Report on sanitation, dispensaries, and jails in Rajputana for 1916, and on vaccination for the year 1916-1917 - 1916-1917
Year: 1916
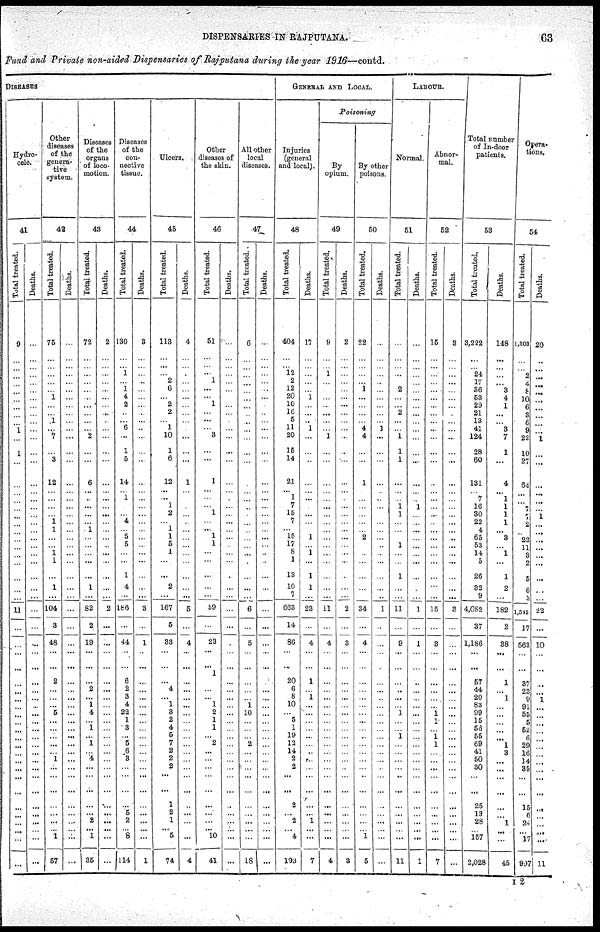
DISPENSARIES IN RAJPUTANA.
63
Fund and Private non-aided Dispensaries of Rajputana during the year 1916—contd.
DISEASES
Hydro-
cele.
41
Total treated.
9
...
...
...
...
...
...
...
...
...
1
...
1
...
...
...
...
...
...
...
...
...
...
...
...
...
...
...
11
...
...
...
...
...
...
...
...
...
...
...
...
...
...
...
...
...
...
...
...
...
...
...
...
Deaths.
...
...
...
...
...
...
...
...
...
...
...
...
...
...
...
...
...
...
...
...
...
...
...
...
...
...
...
...
...
...
...
...
...
...
...
...
...
...
...
...
...
...
...
...
...
...
...
...
...
...
...
...
...
Other
diseases
of the
genera-
tive
system.
42
Total treated.
75
...
...
...
...
... 1
...
... 1
...
7
...
3
12
...
...
...
...
1
1
...
...
1 1
...
1
...
104
3
48
...
...
2
...
...
...
6
...
...
...
...
...
1
...
...
...
...
...
...
...
1
57
Deaths.
...
...
...
...
...
...
...
...
...
...
...
...
...
...
...
...
...
...
...
...
...
...
...
...
...
...
...
...
...
...
...
...
...
...
...
...
...
...
...
...
...
...
...
...
...
...
...
...
...
...
...
...
...
Diseases
of the
organs
of loco-
motion.
43
Total treated.
72
...
...
...
...
...
...
...
...
...
...
2
...
...
6
...
...
...
...
...
1
...
...
...
...
...
1
...
82
2
19
...
...
...
2
...
1
4
...
1
...
1
...
4
...
...
...
...
...
2
...
1
35
Deaths.
2
...
...
...
...
...
...
...
...
...
...
...
...
...
...
...
...
...
...
...
...
...
...
...
...
...
...
...
2
...
...
...
...
...
...
...
...
...
...
...
...
...
...
...
...
...
...
...
...
...
...
...
...
Diseases
of the
con-
nective
tissue.
44
Total treated.
130
...
...
1
...
1 4
2
...
...
6
...
1
5
14
... 1
...
...
4
...
5
5
...
...
1
4
...
186
...
44
...
...
6
2
3
4
22
1
3
...
5
6
3
...
...
...
...
5
2
...
8
114
Deaths.
3
...
...
...
...
...
...
...
...
...
...
...
...
...
...
...
...
...
...
...
...
...
...
...
...
...
...
...
3
...
1
...
...
...
...
...
...
...
...
...
...
...
...
...
...
...
...
...
...
...
...
...
1
Ulcers.
45
Total treated.
113
...
...
... 2
6
...
2
2
...
1
10
1
6
12
...
...
1
2
...
1
1
5
1
...
...
2
...
167
5
33
...
...
...
4
...
1
3
2
4
5
7
2
... 2
...
...
1
2
1
... 5
74
Deaths.
4
...
...
...
...
...
...
...
...
...
...
...
...
...
1
...
...
...
...
...
...
...
...
...
...
...
...
...
5
...
4
...
...
...
...
...
...
...
...
...
...
...
...
...
...
...
...
...
...
...
...
...
4
Other
diseases of
the skin.
46
Total treated.
51
...
...
... 1
...
...
1
...
...
...
3
...
...
1
...
...
... 1
...
...
1
1
...
...
...
...
...
59
...
23
...
...
1
...
...
1
2
1
1
... 2
...
...
...
...
...
...
...
...
...
10
41
Deaths.
...
...
...
...
...
...
...
...
...
...
...
...
...
...
...
...
...
...
...
...
...
...
...
...
...
...
...
...
...
...
...
...
...
...
...
...
...
...
...
...
...
...
...
...
...
...
...
...
...
...
...
...
...
All other
local
diseases.
47
Total treated.
6
...
...
...
...
...
...
...
...
...
...
...
...
...
...
...
...
...
...
...
...
...
...
...
...
...
...
...
6
...
5
...
...
...
...
...
1
10
...
...
... 2
...
...
...
...
...
...
...
...
...
...
18
Deaths.
...
...
...
...
...
...
...
...
...
...
...
...
...
...
...
...
...
...
...
...
...
...
...
...
...
...
...
...
...
...
...
...
...
...
...
...
...
...
...
...
...
...
...
...
...
...
...
...
...
...
...
...
...
GENERAL AND LOCAL.
Injuries
(general
and local).
48
Total treated.
404
...
...
12
2
12
20
10
16
5
11
20
15
14
21
... 1
7
15
7
...
15
17
8
1
13
10
7
663
14
86
...
...
20
6
8
10
... 5
1
19
12
14
2
2
...
...
2
...
2
...
4
193
Deaths.
17
...
...
...
...
... 1
...
...
...
1
...
...
...
...
...
...
...
...
...
...
1
...
1
...
1
1
...
23
...
4
...
...
1
...
1
...
...
...
...
...
...
...
...
...
...
...
...
...
1
...
...
7
Poisoning
By
opium.
49
Total treated.
9
...
...
1
...
...
...
...
...
...
...
1
...
...
...
...
...
...
...
...
...
...
...
...
...
...
...
...
11
...
4
...
...
...
...
...
...
...
...
...
...
...
...
...
...
...
...
...
...
...
...
...
4
Deaths.
2
...
...
...
...
...
...
...
...
...
...
...
...
...
...
...
...
...
...
...
...
...
...
...
...
...
...
...
2
...
3
...
...
...
...
...
...
...
...
...
...
...
...
...
...
...
...
...
...
...
...
...
3
By other
poisons.
50
Total treated.
22
...
...
...
...
1
...
...
...
...
4
4
...
...
1
...
...
...
...
...
...
2
...
...
...
...
...
...
34
...
4
...
...
...
...
...
...
...
...
...
...
...
...
...
...
...
...
...
...
...
...
1
5
Deaths.
...
...
...
...
...
...
...
...
...
...
1
...
...
...
...
...
...
...
...
...
...
...
...
...
...
...
...
...
1
...
...
...
...
...
...
...
...
...
...
...
...
...
...
...
...
...
...
...
...
...
...
...
...
LABOUR.
Normal.
51
Total treated.
...
...
...
...
...
2
...
...
2
...
...
1
1
1
...
...
...
1 1
...
...
...
1
...
...
1
...
...
11
...
9
...
...
...
...
...
...
1
...
...
1
...
...
...
...
...
...
...
...
...
...
...
11
Deaths.
...
...
...
...
...
...
...
...
...
...
...
...
...
...
...
...
...
1
...
...
...
...
...
...
...
...
...
...
1
...
1
...
...
...
...
...
...
...
...
...
...
...
...
...
...
...
...
...
...
...
...
...
1
Abnor-
mal.
52
Total treated.
15
...
...
...
...
...
...
...
...
...
...
...
...
...
...
...
...
...
...
...
...
...
...
...
...
...
...
...
15
...
3
...
...
...
...
...
...
1
1
...
1 1
...
...
...
...
...
...
...
...
...
...
7
Deaths.
3
...
...
...
...
...
...
...
...
...
...
...
...
...
...
...
...
...
...
...
...
...
...
...
...
...
...
...
3
...
...
...
...
...
...
...
...
...
...
...
...
...
...
...
...
...
...
...
...
...
...
...
...
Total number
of In-door
patients.
53
Total treated.
3,222
...
...
24
17
36
53
29
21
13
41
124
28
60
131
... 7
16
30
22
4
65
53
14
5
26
32
9
4,082
37
1,186
...
...
57
44
20
83
99
15
56
55
69
41
50
30
...
...
25
13
28
...
157
2,028
Deaths.
148
...
...
...
...
3
4
1
...
...
3
7
1
...
4
... 1
1
1
1
...
3
...
1
...
1
2
...
182
2
38
...
...
1
...
1
...
...
...
...
...
1
3
... ...
...
...
...
...
1
...
...
45
Opera-
tions.
54
Total treated.
1,303
...
...
2
4
8
10
6
3
6
9
22
10
27
64
...
...
7
7
2
...
22
11
3
2
5
6
3
1,542
17
563
...
...
37
23
9
91
55
5
52
6
29
16
14
35
...
...
15
6
24
...
17
997
Deaths.
20
...
...
...
...
...
...
...
...
...
...
1
...
...
...
...
...
...
1
...
...
...
...
...
...
...
...
...
22
...
10
...
...
...
...
1
...
...
...
...
...
...
...
...
...
...
...
...
...
...
...
...
11
I 2